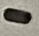
Text: -